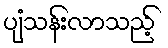
ပျံသန်းလာသည့်